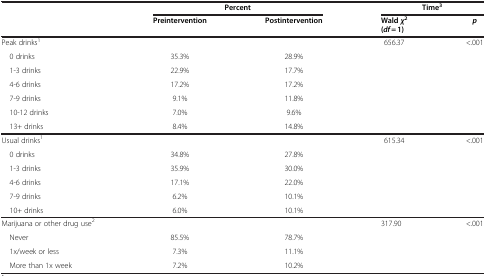
<table><thead><tr><td><b> </b></td><td colspan="2"><b>Percent</b></td><td colspan="2"><b>Time<sup>3</sup></b></td></tr><tr><td><b> </b></td><td><b>Preintervention</b></td><td><b>Postintervention</b></td><td><b>Wald <i>χ</i><sup>2</sup></b></td><td><b><i>p</i></b></td></tr><tr><td><b> </b></td><td><b> </b></td><td><b> </b></td><td><b>(<i>df</i> = 1)</b></td><td><b> </b></td></tr></thead><tbody><tr><td>Peak drinks<sup>1</sup></td><td> </td><td> </td><td>656.37</td><td>&lt;.001</td></tr><tr><td> 0 drinks</td><td>35.3%</td><td>28.9%</td><td> </td><td> </td></tr><tr><td> 1-3 drinks</td><td>22.9%</td><td>17.7%</td><td> </td><td> </td></tr><tr><td> 4-6 drinks</td><td>17.2%</td><td>17.2%</td><td> </td><td> </td></tr><tr><td> 7-9 drinks</td><td>9.1%</td><td>11.8%</td><td> </td><td> </td></tr><tr><td> 10-12 drinks</td><td>7.0%</td><td>9.6%</td><td> </td><td> </td></tr><tr><td> 13+ drinks</td><td>8.4%</td><td>14.8%</td><td> </td><td> </td></tr><tr><td>Usual drinks<sup>1</sup></td><td> </td><td> </td><td>615.34</td><td>&lt;.001</td></tr><tr><td> 0 drinks</td><td>34.8%</td><td>27.8%</td><td> </td><td> </td></tr><tr><td> 1-3 drinks</td><td>35.9%</td><td>30.0%</td><td> </td><td> </td></tr><tr><td> 4-6 drinks</td><td>17.1%</td><td>22.0%</td><td> </td><td> </td></tr><tr><td> 7-9 drinks</td><td>6.2%</td><td>10.1%</td><td> </td><td> </td></tr><tr><td> 10+ drinks</td><td>6.0%</td><td>10.1%</td><td> </td><td> </td></tr><tr><td>Marijuana or other drug use<sup>2</sup></td><td> </td><td> </td><td>317.90</td><td>&lt;.001</td></tr><tr><td> Never</td><td>85.5%</td><td>78.7%</td><td> </td><td> </td></tr><tr><td> 1x/week or less</td><td>7.3%</td><td>11.1%</td><td> </td><td> </td></tr><tr><td> More than 1x week</td><td>7.2%</td><td>10.2%</td><td> </td><td> </td></tr></tbody></table>